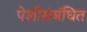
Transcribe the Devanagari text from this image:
पेशीसंबंधित